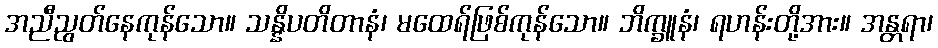
အညီညွတ်နေကုန်သော။ သန္နိပတိတာနံ၊ မထေရ်ဖြစ်ကုန်သော။ ဘိက္ခူနံ၊ ရဟန်းတို့အား။ အန္တရာ၊